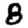
Digit: 8